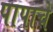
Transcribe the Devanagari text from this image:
पापाचे